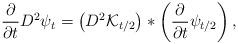
LaTeX: \begin{align*}\frac{\partial}{\partial t} D^2 \psi_t=\left(D^2\mathcal{K}_{t/2}\right)\ast\left(\frac{\partial}{\partial t} \psi_{t/2}\right),\end{align*}